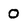
Character: 0